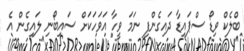
ބްލެކް ވިޑޯ ސްޕައިޑާ ދައިގެންފި ނަމަ ވީހާ އަވަހަކަށް ސައިބޯނި ލައިގެން އެ